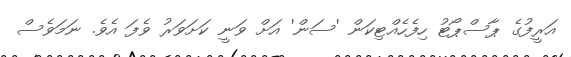
އަރީފުގެ ޕާސްޕޯޓު ހިފެހެއްޓިކަން 'ސަން' އަށް ވަނީ ކަށަވަރު ވެފަ އެވެ. ނަމަވެސް